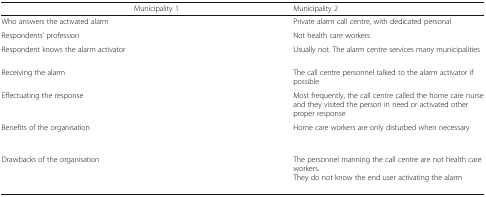
<table><thead><tr><td>[EMPTY_CELL]</td><td><b>Municipality 1</b></td><td><b>Municipality 2</b></td></tr></thead><tbody><tr><td>Who answers the activated alarm</td><td>[EMPTY_CELL]</td><td>Private alarm call centre, with dedicated personal</td></tr><tr><td>Respondents’ profession</td><td>[EMPTY_CELL]</td><td>Not health care workers</td></tr><tr><td>Respondent knows the alarm activator</td><td>[EMPTY_CELL]</td><td>Usually not. The alarm centre services many municipalities</td></tr><tr><td>Receiving the alarm</td><td>[EMPTY_CELL]</td><td>The call centre personnel talked to the alarm activator if possible</td></tr><tr><td>Effectuating the response</td><td>[EMPTY_CELL]</td><td>Most frequently, the call centre called the home care nurse and they visited the person in need or activated other proper response</td></tr><tr><td>Benefits of the organisation</td><td>[EMPTY_CELL]</td><td>Home care workers are only disturbed when necessary</td></tr><tr><td>Drawbacks of the organisation</td><td>[EMPTY_CELL]</td><td>The personnel manning the call centre are not health care workers.They do not know the end user activating the alarm</td></tr></tbody></table>